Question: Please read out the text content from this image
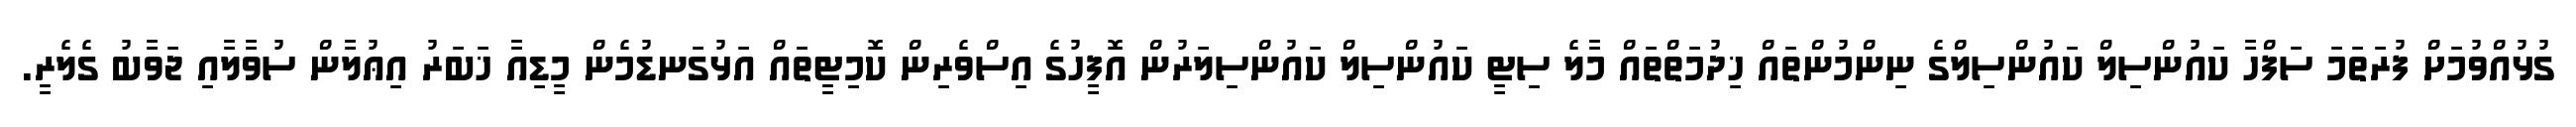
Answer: ގުޅުއްވުމަށް ފުރަތަމަ ސަފްހާ ކައުންސިލް ކައުންސިލްގެ ނިންމުންތައް ޚިދުމަތްތައް މާލެ ސިޓީ ކައުންސިލް ކައުންސިލަރުން އޮފީހުގެ އިސްވެރިން ކޮމިޓީތައް އަޅުގަނޑުމެން މީޑިއާ ޚަބަރު އިޢުލާން ސުވާލާއި ޖަވާބު ގެލެރީ.